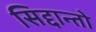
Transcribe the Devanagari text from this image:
सिद्दान्तो